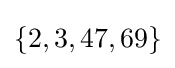
\left\{2,3,47,69\right\}